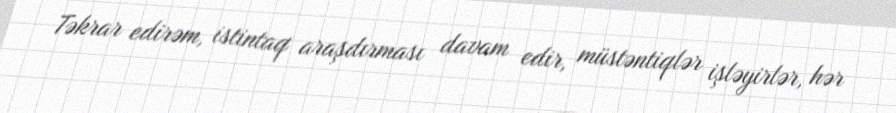
Təkrar edirəm, istintaq araşdırması davam edir, müstəntiqlər işləyirlər, hər